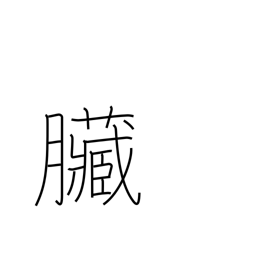
Meaning: bowels